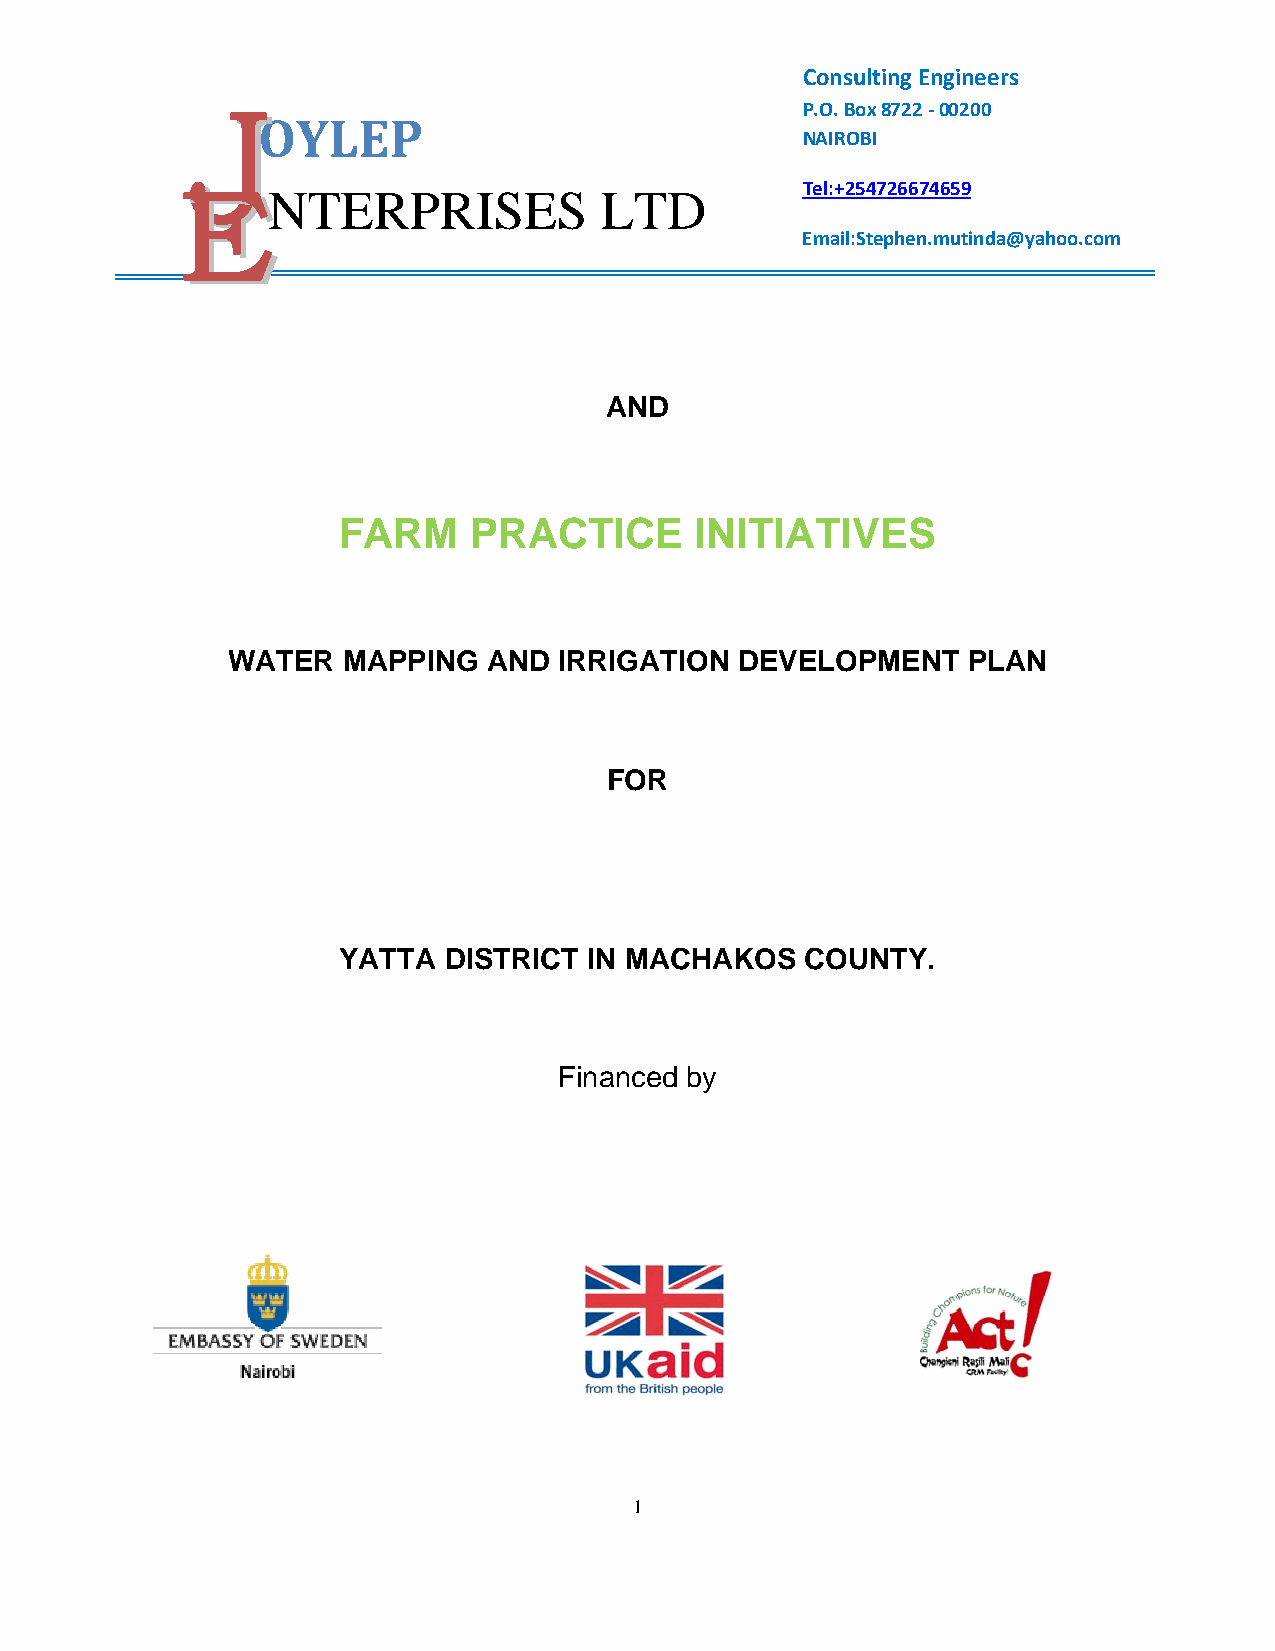
Consulting Engineers
 P.O. Box 8722 ‐ 00200
 OYLEP
 NAIROBI
 Tel:+254726674659
 NTERPRISES            LTD
 Email:Stephen.mutinda@yahoo.com
 AND
 FARM     PRACTICE       INITIATIVES
 WATER   MAPPING  AND  IRRIGATION  DEVELOPMENT    PLAN
 FOR
 YATTA  DISTRICT  IN MACHAKOS   COUNTY.
 Financed by
 1